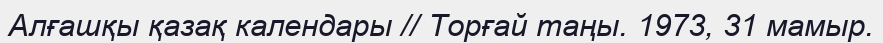
Алғашқы қазақ календары // Торғай таңы. 1973, 31 мамыр.